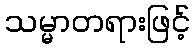
သမ္မာတရားဖြင့်